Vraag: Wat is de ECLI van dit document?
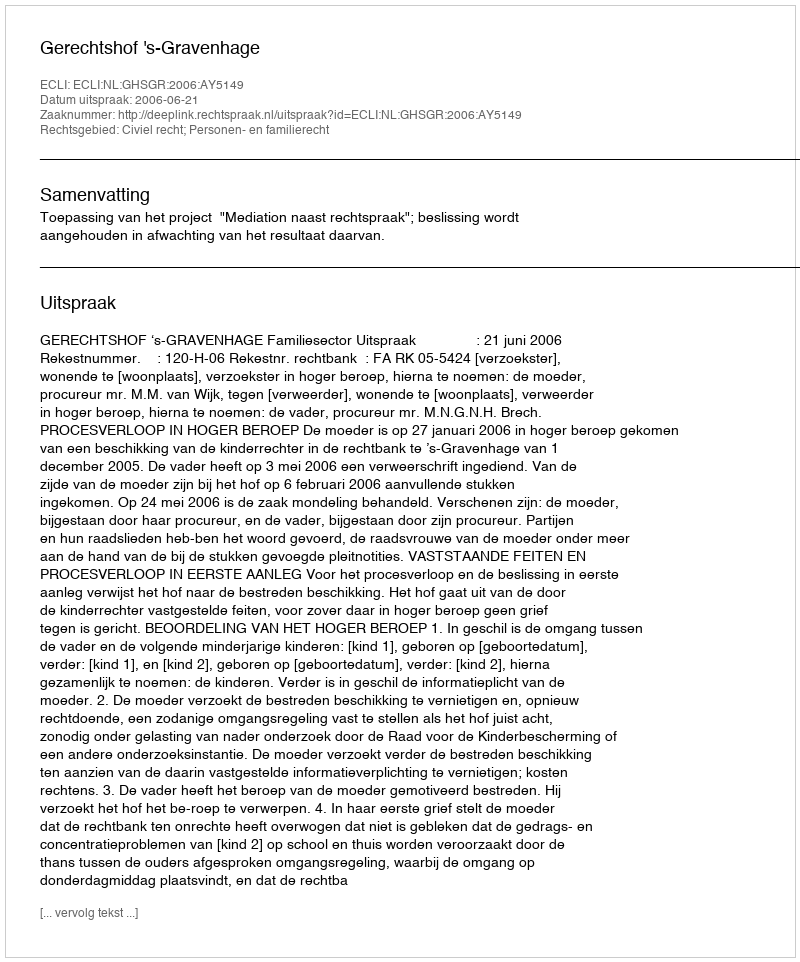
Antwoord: ECLI:NL:GHSGR:2006:AY5149